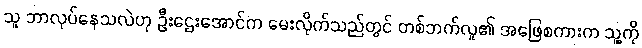
သူ ဘာလုပ်နေသလဲဟု ဦးဌေးအောင်က မေးလိုက်သည်တွင် တစ်ဘက်လူ၏ အဖြေစကားက သူ့ကို